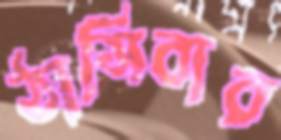
ঠাসিবার